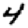
Digit: 4